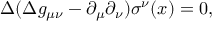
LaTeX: \Delta ( \Delta g _ { \mu \nu } - \partial _ { \mu } \partial _ { \nu } ) \sigma ^ { \nu } ( x ) = 0 ,